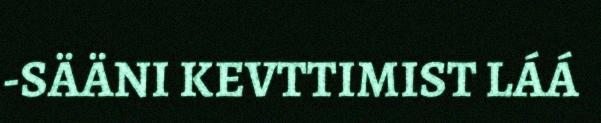
-SÄÄNI KEVTTIMIST LÁÁ